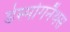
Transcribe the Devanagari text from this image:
डेस्मोगनैथस